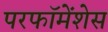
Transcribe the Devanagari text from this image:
परफॉमेंशेस